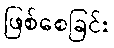
ဖြစ်စေခြင်း